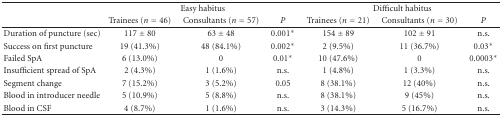
<table><thead><tr><td></td><td colspan="3"><b>Easy habitus</b></td><td colspan="3"><b>Difficult habitus</b></td></tr><tr><td></td><td><b>Trainees (<i>n</i> = 46)</b></td><td><b>Consultants (<i>n</i> = 57)</b></td><td><b><i>P</i></b></td><td><b>Trainees (<i>n</i> = 21)</b></td><td><b>Consultants (<i>n</i> = 30)</b></td><td><b><i>P</i></b></td></tr></thead><tbody><tr><td>Duration of puncture (sec)</td><td>117 ± 80</td><td>63 ± 48</td><td>0.001<sup>∗</sup></td><td>154 ± 89</td><td>102 ± 91</td><td>n.s.</td></tr><tr><td>Success on first puncture</td><td>19 (41.3%)</td><td>48 (84.1%)</td><td>0.002<sup>∗</sup></td><td>2 (9.5%)</td><td>11 (36.7%)</td><td>0.03<sup>∗</sup></td></tr><tr><td>Failed SpA</td><td>6 (13.0%)</td><td>0</td><td>0.01<sup>∗</sup></td><td>10 (47.6%)</td><td>0</td><td>0.0003<sup>∗</sup></td></tr><tr><td>Insufficient spread of SpA</td><td>2 (4.3%)</td><td>1 (1.6%)</td><td>n.s.</td><td>1 (4.8%)</td><td>1 (3.3%)</td><td>n.s.</td></tr><tr><td>Segment change</td><td>7 (15.2%)</td><td>3 (5.2%)</td><td>0.05</td><td>8 (38.1%)</td><td>12 (40%)</td><td>n.s.</td></tr><tr><td>Blood in introducer needle</td><td>5 (10.9%)</td><td>5 (8.8%)</td><td>n.s.</td><td>8 (38.1%)</td><td>9 (45%)</td><td>n.s.</td></tr><tr><td>Blood in CSF</td><td>4 (8.7%)</td><td>1 (1.6%)</td><td>n.s.</td><td>3 (14.3%)</td><td>5 (16.7%)</td><td>n.s.</td></tr></tbody></table>